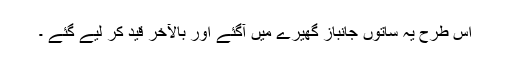
اس طرح یہ ساتوں جانباز گھیرے میں آگئے اور بالآخر قید کر لیے گئے ۔